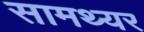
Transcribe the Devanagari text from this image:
सामथ्यर